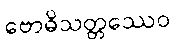
ဗောဓိသတ္တဿေဝ